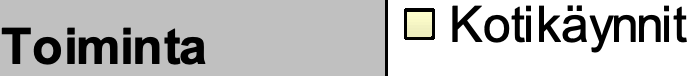
Kotikäynnit Toiminta